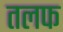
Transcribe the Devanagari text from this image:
तलफ